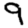
Digit: 9